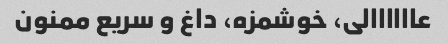
عاااااالی، خوشمزه، داغ و سریع ممنون